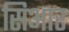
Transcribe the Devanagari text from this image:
सिआर